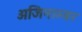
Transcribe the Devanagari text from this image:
अजिनाम्बर